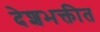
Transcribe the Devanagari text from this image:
देशभक्तीत